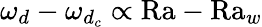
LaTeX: \omega_{d}-\omega_{d_{c}}\propto\textrm{Ra}-\textrm{Ra}_{w}